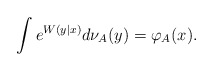
\begin{align*} \int e^{ W (y|x)} d \nu_{A}(y) = \varphi_A(x).\end{align*}